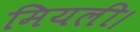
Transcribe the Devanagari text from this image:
मियली।